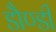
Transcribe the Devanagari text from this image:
डौण्डी